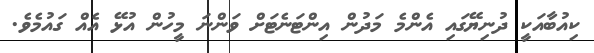
ކިއުބާއަކީ ދުނިޔޭގައި އެންމެ މަދުން އިންޓަނެޓަށް ވަންނަ މީހުން އުޅޭ އެއް ގައުމެވެ.